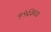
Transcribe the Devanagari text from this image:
५५६७००